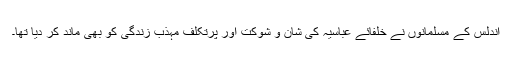
اندلس کے مسلمانوں نے خلفائے عباسیہ کی شان و شوکت اور پُرتکلف مہذّب زندگی کو بھی ماند کر دیا تھا۔